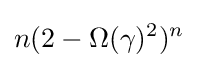
n(2-\Omega (\gamma )^{2})^{n}